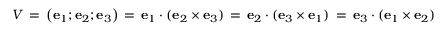
V \, = \, \left( \mathbf { e } _ { 1 } ; \mathbf { e } _ { 2 } ; \mathbf { e } _ { 3 } \right) \, = \, \mathbf { e } _ { 1 } \cdot ( \mathbf { e } _ { 2 } \times \mathbf { e } _ { 3 } ) \, = \, \mathbf { e } _ { 2 } \cdot ( \mathbf { e } _ { 3 } \times \mathbf { e } _ { 1 } ) \, = \, \mathbf { e } _ { 3 } \cdot ( \mathbf { e } _ { 1 } \times \mathbf { e } _ { 2 } )